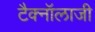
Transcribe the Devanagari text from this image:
टैक्नॉलाजी